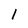
Character: I